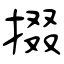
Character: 掇